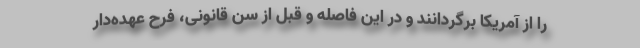
را از آمریکا برگردانند و در این فاصله و قبل از سن قانونی، فرح عهده‌دار